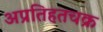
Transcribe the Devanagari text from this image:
अप्रतिहतचक्र